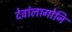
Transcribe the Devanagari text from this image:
देवांलागोनि